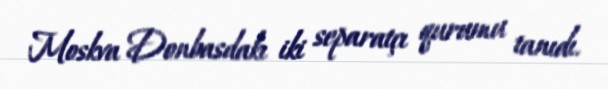
Moskva Donbasdakı iki separatçı qurumu tanıdı.